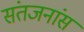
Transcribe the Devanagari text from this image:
संतजनांस